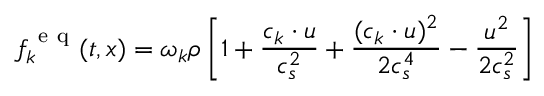
f _ { k } ^ { \mathrm { ~ e ~ q ~ } } ( t , \boldsymbol { x } ) = \omega _ { k } \rho \left[ 1 + \frac { \boldsymbol { c } _ { k } \cdot \boldsymbol { u } } { c _ { s } ^ { 2 } } + \frac { ( \boldsymbol { c } _ { k } \cdot \boldsymbol { u } ) ^ { 2 } } { 2 c _ { s } ^ { 4 } } - \frac { \boldsymbol { u } ^ { 2 } } { 2 c _ { s } ^ { 2 } } \right]